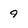
Character: 9